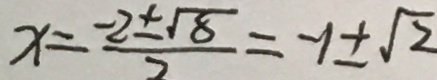
x = \frac { - 2 \pm \sqrt { 8 } } { 2 } = - 1 \pm \sqrt { 2 }